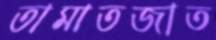
তামাতজাত